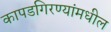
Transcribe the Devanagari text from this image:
कापडगिरण्यांमधील